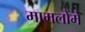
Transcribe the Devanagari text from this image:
मामलोंमे